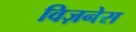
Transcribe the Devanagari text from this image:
विज़नेस